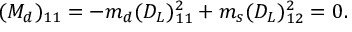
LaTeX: ( M _ { d } ) _ { 1 1 } = - m _ { d } ( D _ { L } ) _ { 1 1 } ^ { 2 } + m _ { s } ( D _ { L } ) _ { 1 2 } ^ { 2 } = 0 .